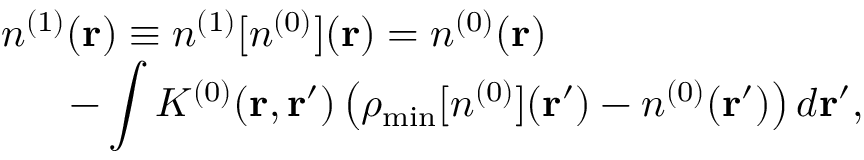
\begin{array} { l } { { \displaystyle n ^ { ( 1 ) } ( { \bf r } ) \equiv n ^ { ( 1 ) } [ n ^ { ( 0 ) } ] ( { \bf r } ) = n ^ { ( 0 ) } ( { \bf r } ) } \ ~ } \\ { { \displaystyle ~ ~ ~ ~ ~ - \int K ^ { ( 0 ) } ( { \bf r , r ^ { \prime } } ) \left( \rho _ { \mathrm { m i n } } [ n ^ { ( 0 ) } ] ( { \bf r ^ { \prime } } ) - n ^ { ( 0 ) } ( { \bf r ^ { \prime } } ) \right) d { \bf r ^ { \prime } } } , } \end{array}